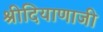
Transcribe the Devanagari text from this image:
श्रीदियाणाजी